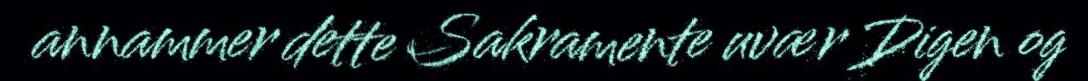
annammer dette Sakramente uvær Digen og